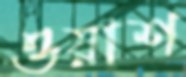
ওয়াশ